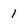
Character: 1